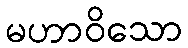
မဟာဝိသော